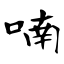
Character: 喃